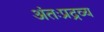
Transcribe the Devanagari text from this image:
अंतःप्रद्रव्य